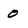
Character: 0